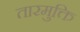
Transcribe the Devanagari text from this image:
तारमुक्ति